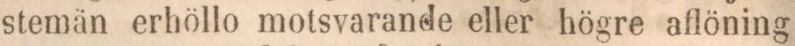
stemän erhöllo motsvarande eller högre aflöning